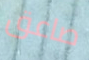
صاعق